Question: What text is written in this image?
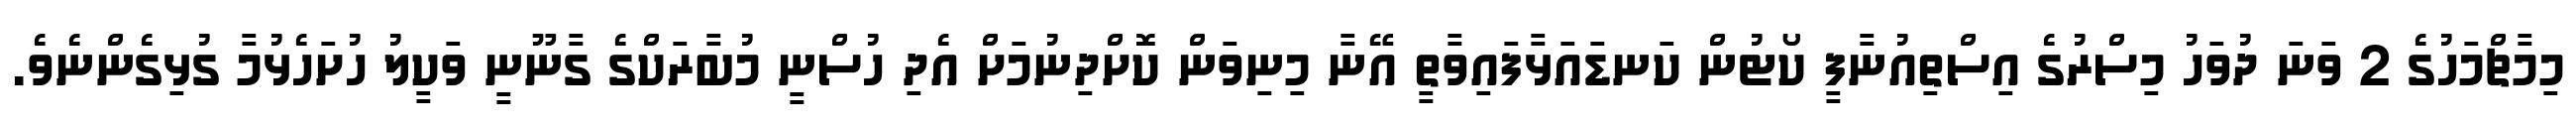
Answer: މިމާޗްމަހުގެ 2 ވަނަ ދުވަހު މިސްރުގެ އިސްތިއުނާފީ ކޯޓުން ކަނޑައަޅާފައިވާތީ އޭނާ މިނިވަން ކޮށްދިނުމަށް އެދި ހުސްނީ މުބާރަކްގެ ގާނޫނީ ވަކީލު ހުށަހެޅުމާ ގުޅިގެންނެވެ.